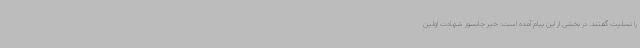
را تسلیت گفتند. در بخشی از این پیام آمده است: خبر جانسوز شهادت اولین